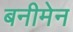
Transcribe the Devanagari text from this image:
बनीमेन